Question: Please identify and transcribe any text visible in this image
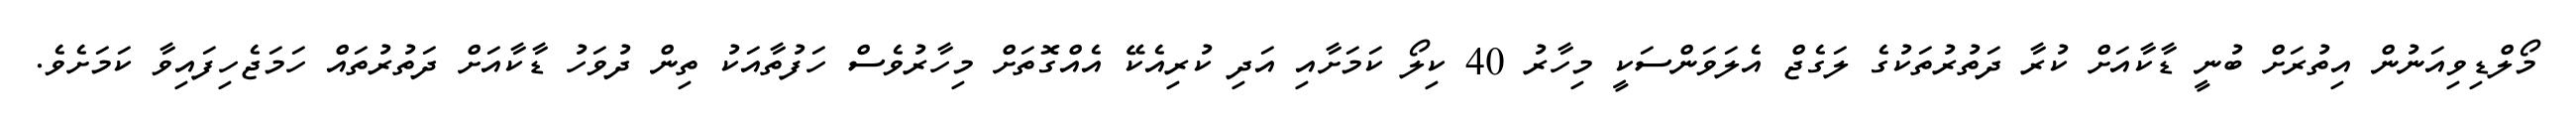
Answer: މޯލްޑިވިއަނުން އިތުރަށް ބުނީ ޑާކާއަށް ކުރާ ދަތުރުތަކުގެ ލަގެޖް އެލަވަންސަކީ މިހާރު 40 ކިލޯ ކަމަށާއި އަދި ކުރިއެކޭ އެއްގޮތަށް މިހާރުވެސް ހަފުތާއަކު ތިން ދުވަހު ޑާކާއަށް ދަތުރުތައް ހަމަޖެހިފައިވާ ކަމަށެވެ.